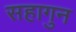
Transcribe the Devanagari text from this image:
सहागुन